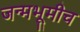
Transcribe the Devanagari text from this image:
जन्मभूमीच